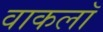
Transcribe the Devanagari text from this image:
वाकलॉ